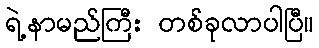
ရဲ့နာမည်ကြီး တစ်ခုလာပါပြီ။